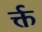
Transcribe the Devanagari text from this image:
र्क्त